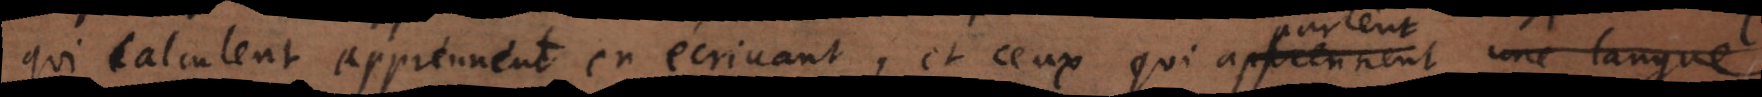
qui calculent apprennent en écrivant, et ceux qui apprennent une langue